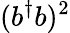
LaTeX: (b^{\dagger}b)^{2}